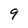
Character: 9